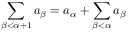
\sum _ { \beta < \alpha + 1 } a _ { \beta } = a _ { \alpha } + \sum _ { \beta < \alpha } a _ { \beta }